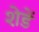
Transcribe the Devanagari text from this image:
शेडें